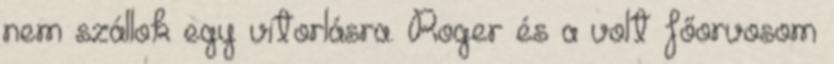
nem szállok egy vitorlásra. Roger és a volt főorvosom